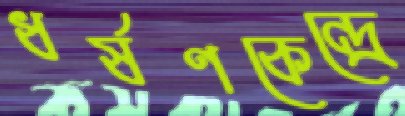
ধর্ষণকেন্দ্রে